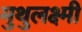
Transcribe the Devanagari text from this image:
मुथुलक्ष्मी